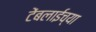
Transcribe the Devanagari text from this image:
टेंबलाईच्या